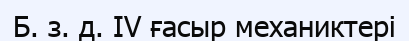
Б. з. д. IV ғасыр механиктері